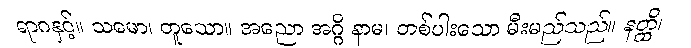
ရာဂနှင့်။ သမော၊ တူသော။ အညော အဂ္ဂိ နာမ၊ တစ်ပါးသော မီးမည်သည်။ နတ္ထိ၊